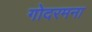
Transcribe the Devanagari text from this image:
गोदरमना